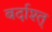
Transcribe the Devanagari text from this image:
बर्दाश्त्